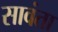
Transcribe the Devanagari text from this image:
सावंता